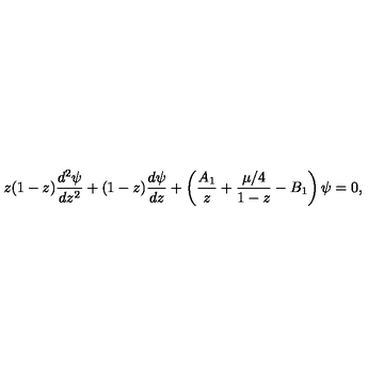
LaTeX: z ( 1 - z ) { \frac { d ^ { 2 } \psi } { d z ^ { 2 } } } + ( 1 - z ) { \frac { d \psi } { d z } } + \left( { \frac { A _ { 1 } } { z } } + { \frac { \mu / 4 } { 1 - z } } - B _ { 1 } \right) \psi = 0 ,